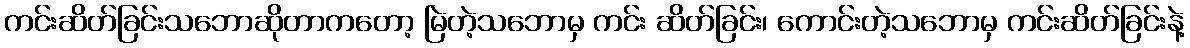
ကင်းဆိတ်ခြင်းသဘောဆိုတာကတော့ မြဲတဲ့သဘောမှ ကင်း ဆိတ်ခြင်း၊ ကောင်းတဲ့သဘောမှ ကင်းဆိတ်ခြင်းနဲ့